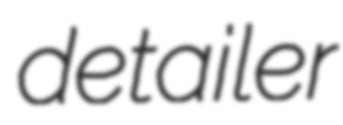
detailer